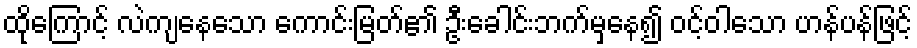
ထိုကြောင့် လဲကျနေသော ကောင်းမြတ်၏ ဦးခေါင်းဘက်မှနေ၍ ဝင့်ဝါသော ဟန်ပန်ဖြင့်